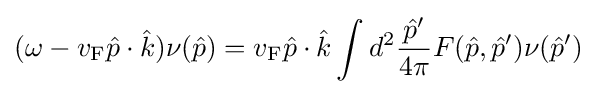
(\omega -v_{\rm {F}}{\hat {p}}\cdot {\hat {k}})\nu ({\hat {p}})=v_{\rm {F}}{\hat {p}}\cdot {\hat {k}}\int d^{2}{\frac {{\hat {p}}'}{4\pi }}F({\hat {p}},{\hat {p}}')\nu ({\hat {p}}')